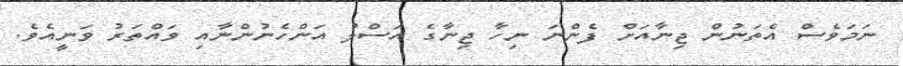
ނަމަވެސް އެތަނުން ޖިނާއަށް ފެންނަ ނިހާ ޖިނާގެ އަސްލު އަންހެނުންނާއި ވައްތަރު ވަނީއެވެ.